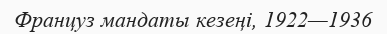
Француз мандаты кезеңі, 1922—1936